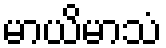
မာယိမာသံ